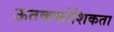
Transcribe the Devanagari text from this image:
ऊतककोशिकता